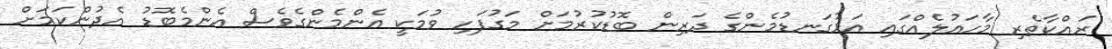
ރައްކާތެރި މާހައުލެއްގައި އަޅުގަނޑުމެންގެ ދަރިން ބޮޑުކުރުމަށް މަގުފަހި ވުމަކީ އެންމެންގެވެސް އެންމެބޮޑު އެދުންކަމަށް